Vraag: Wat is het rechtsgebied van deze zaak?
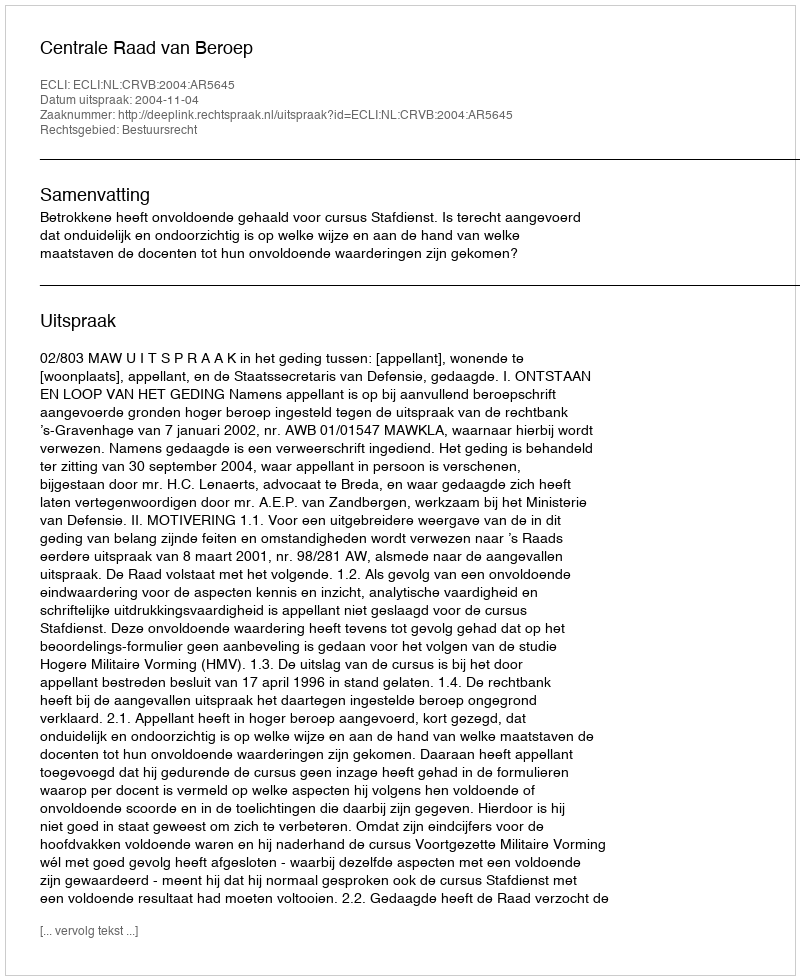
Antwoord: Bestuursrecht